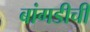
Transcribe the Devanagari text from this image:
बांगडीची